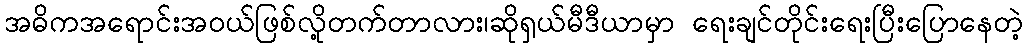
အဓိကအရောင်းအဝယ်ဖြစ်လို့တက်တာလား၊ဆိုရှယ်မီဒီယာမှာ ရေးချင်တိုင်းရေးပြီးပြောနေတဲ့